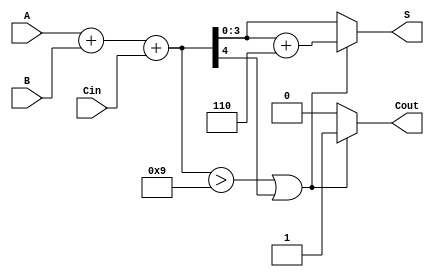
module BCD_Asynchronous_Adder (
    input [3:0] A,     // 4-bit BCD input A
    input [3:0] B,     // 4-bit BCD input B
    input Cin,         // Carry-in input
    output reg [3:0] S, // 4-bit BCD output S
    output reg Cout     // Carry-out output
);

    // Intermediate signals
    wire [4:0] sum;     // 5-bit sum to accommodate carry
    wire correction;     // Correction signal for BCD adjustment

    // Step 1: Perform binary addition
    assign sum = A + B + Cin;

    // Step 2: Determine if correction is needed
    assign correction = (sum > 9) || (sum[4] == 1'b1);

    // Step 3: Generate the BCD output and carry-out
    always @(*) begin
        if (correction) begin
            S = sum + 5'b0110; // Apply correction by adding 6
            Cout = 1'b1;       // Set carry-out
        end else begin
            S = sum[3:0];      // No correction needed
            Cout = 1'b0;       // No carry-out
        end
    end

endmodule